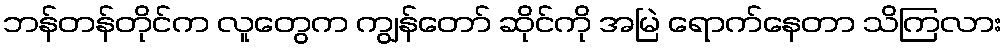
ဘန်တန်တိုင်က လူတွေက ကျွန်တော် ဆိုင်ကို အမြဲ ရောက်နေတာ သိကြလား